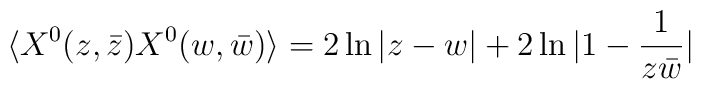
\langle X^0 (z, \bar z) X^0 (w, \bar w)\rangle=2\ln |z-w|+2 \ln |1-{1\over z\bar w}|